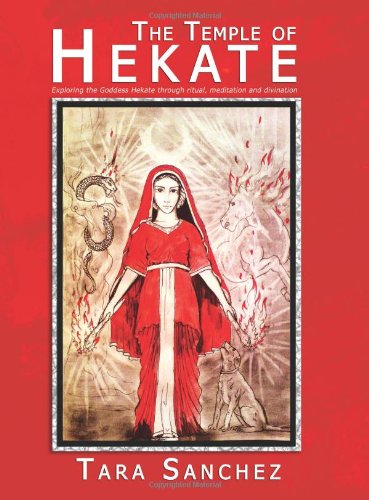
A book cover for The Temple of Hekate - Exploring the Goddess Hekate Through Ritual, Meditation and Divination; Tara Sanchez; Religion & Spirituality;